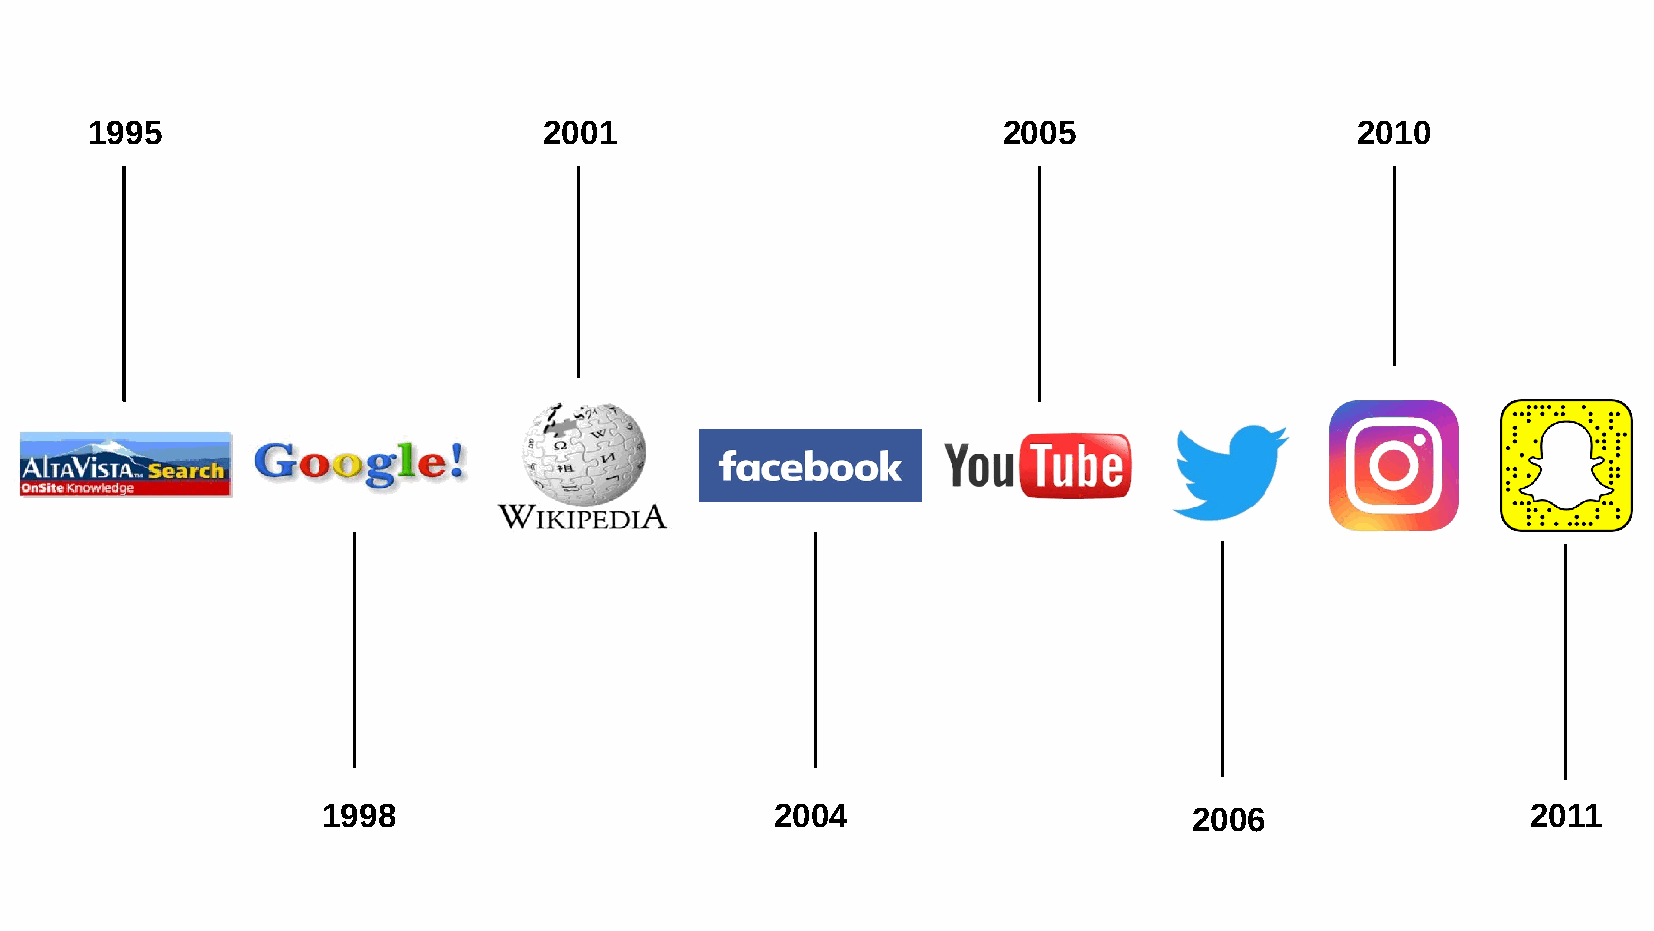
1995                          2001                          2005                    2010
 1998                          2004                        2006                  2011